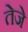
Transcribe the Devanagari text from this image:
तेजे